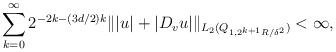
\begin{align*} \sum_{k=0}^\infty 2^{-2k -(3d/2)k}\||u| + |D_v u|\|_{L_2(Q_{1,2^{k+1}R/\delta^2})} < \infty,\end{align*}